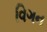
વિગન